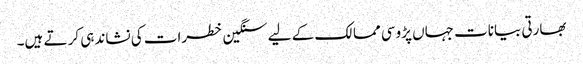
بھارتی بیانات جہاں پڑوسی ممالک کے لیے سنگین خطرات کی نشاندہی کر تے ہیں۔